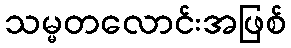
သမ္မတလောင်းအဖြစ်